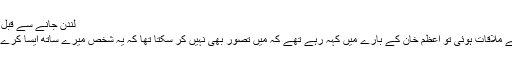
لندن جانے سے قبل ان
سے ملاقات ہوئی تو اعظم خان کے بارے میں کہہ رہے تھے کہ میں تصور بھی نہیں کر سکتا تھا کہ یہ شخص میرے ساتھ ایسا کرےگا۔